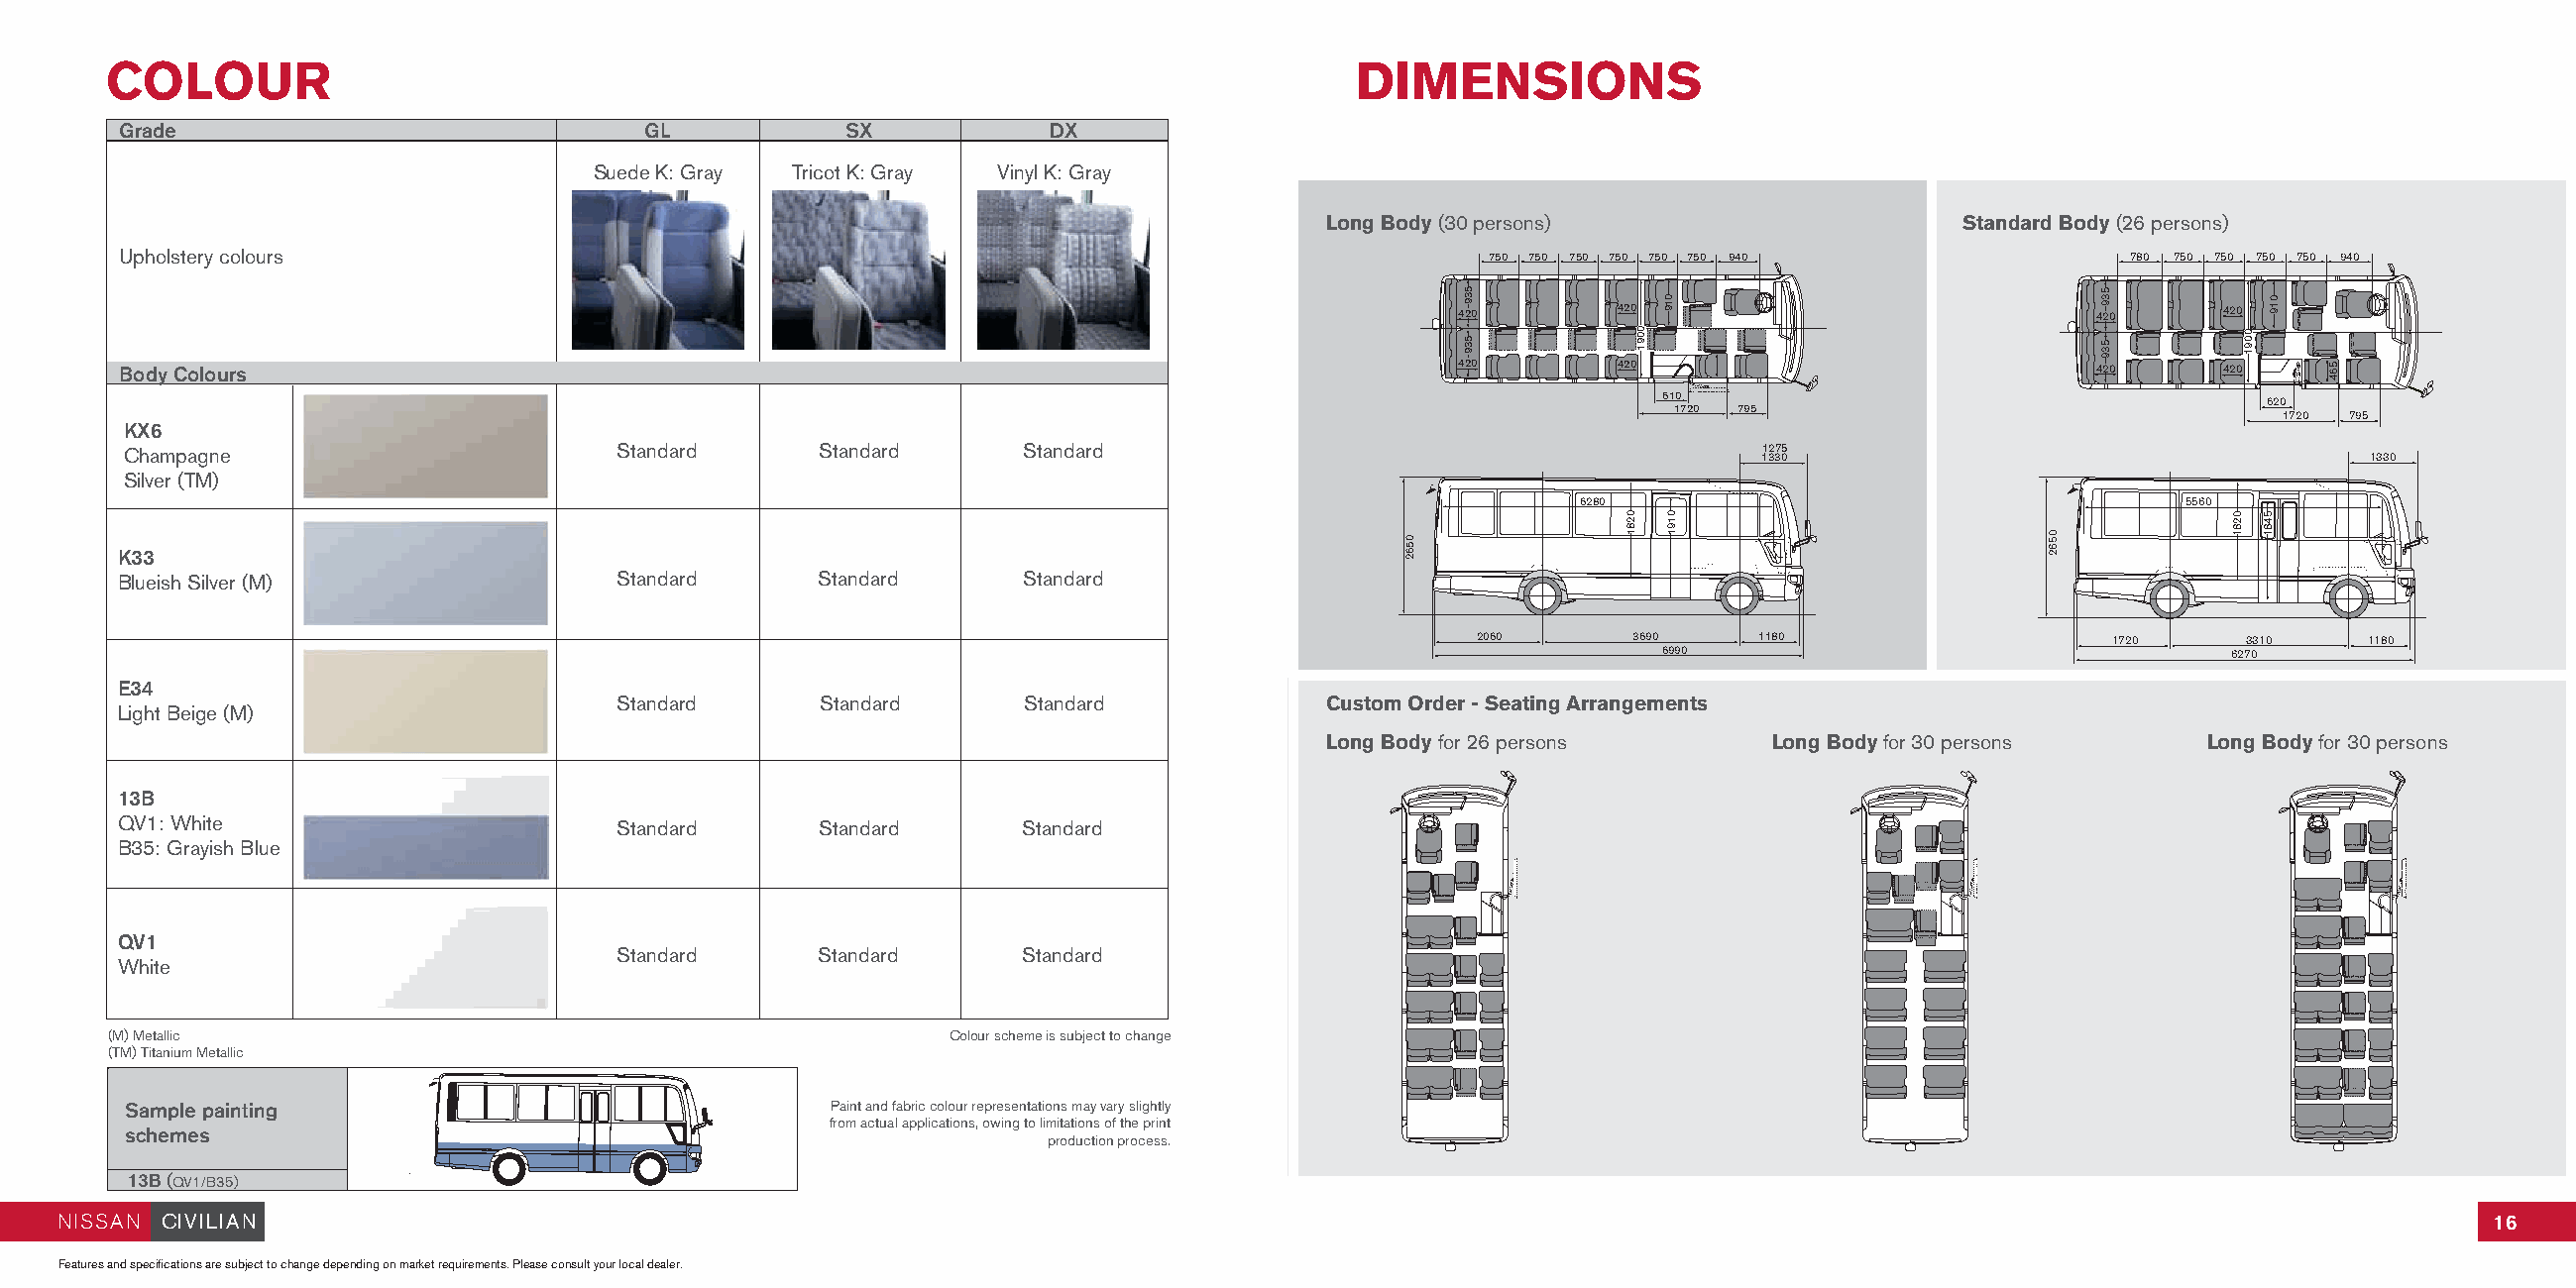
COLOUR                                                                              DIMENSIONS
 Grade                              GL           SX            DX
 Suede K: Gray Tricot K: Gray Vinyl K: Gray
 Long Body (30 persons)                    Standard Body (26 persons)
 Upholstery colours                                                                         750 750 750 750 750 750 940                780 750 750 750 750 940
 420        420                             420     420
 Body Colours                                                                             420        420                             420     420
 610
 620
 1720 795
 1720 795
 KX6
 Champagne                        Standard      Standard     Standard                                          11 32 37 05                             1330
 Silver (TM)
 6280                                    5560
 K33
 Blueish Silver (M)               Standard      Standard     Standard
 2060      3690
 69 90
 1180                    1720    6273 0310 1180
 E34
 Standard      Standard     Standard             Custom Order - Seating Arrangements
 Light Beige (M)
 Long Body for 26 persons     Long Body for 30 persons     Long Body for 30 persons
 13B
 QV1: White                       Standard      Standard     Standard
 B35: Grayish Blue
 QV1
 Standard      Standard     Standard
 White
 (M) Metallic                                            Colour scheme is subject to change
 (TM) Titanium Metallic
 Sample painting                                Paint and fabric colour representations may vary slightly
 from actual applications, owing to limitations of the print
 schemes
 production process.
 13B (QV1/B35)
 NISSAN CIVILIAN                                                                                                                                                   16
 Features and specifications are subject to change depending on market requirements. Please consult your local dealer.
 0562
 539
 539
 0281
 0091
 019
 0191
 0562
 539
 539
 0281
 0091
 019
 5481
 564